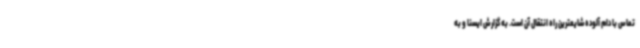
تماس با دام آلوده شایعترین راه انتقال آن است. به گزارش ایسنا و به